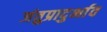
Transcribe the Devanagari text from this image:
जंतुप्रादुर्भाव